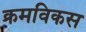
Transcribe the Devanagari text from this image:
क्रमविकस